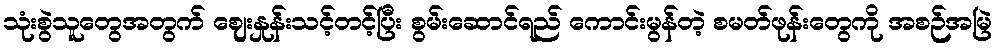
သုံးစွဲသူတွေအတွက် ဈေးနှုန်းသင့်တင့်ပြီး စွမ်းဆောင်ရည် ကောင်းမွန်တဲ့ စမတ်ဖုန်းတွေကို အစဉ်အမြဲ